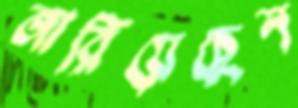
জারিয়েছেন